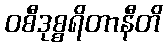
ဝစီဒုစ္စရိတာနီတိ